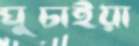
ঘুচাইয়া